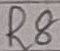
Text: R8